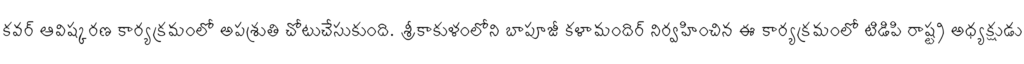
కవర్ ఆవిష్కరణ కార్యక్రమంలో అపశ్రుతి చోటుచేసుకుంది. శ్రీకాకుళంలోని బాపూజీ కళామందిర్ నిర్వహించిన ఈ కార్యక్రమంలో టిడిపి రాష్ట్ర అధ్యక్షుడు